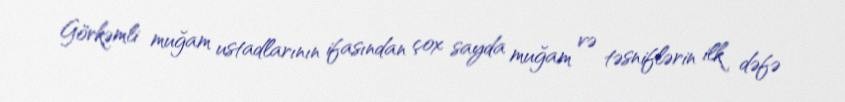
Görkəmli muğam ustadlarının ifasından çox sayda muğam və təsniflərin ilk dəfə